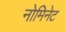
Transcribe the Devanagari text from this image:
नोमिनेट